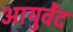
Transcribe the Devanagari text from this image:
आयुर्वेंद